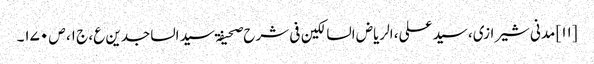
[۱۱] مدنی شیرازی، سید علی، الریاض السالکین فی شرح صحیفۃ سید الساجدین ع، ج ۱، ص ۱۷۰۔